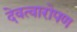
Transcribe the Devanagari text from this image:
देवत्वारोपण